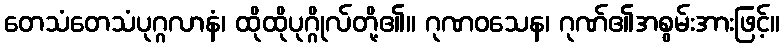
တေသံတေသံပုဂ္ဂလာနံ၊ ထိုထိုပုဂ္ဂိုလ်တို့၏။ ဂုဏဝသေန၊ ဂုဏ်၏အစွမ်းအားဖြင့်။